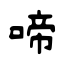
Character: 啼